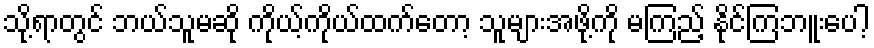
သို့ရာတွင် ဘယ်သူမဆို ကိုယ့်ကိုယ်ထက်တော့ သူများအဖို့ကို မကြည့် နိုင်ကြဘူးပေါ့